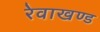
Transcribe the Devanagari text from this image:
रेवाखण्ड